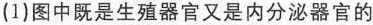
(1)图中既是生殖器官又是内分泌器官的